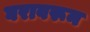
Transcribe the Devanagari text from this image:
घरावरून